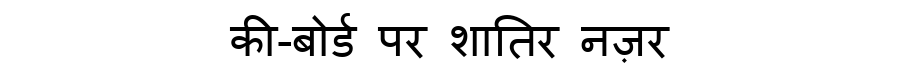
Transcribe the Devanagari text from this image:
की-बोर्ड पर शातिर नज़र